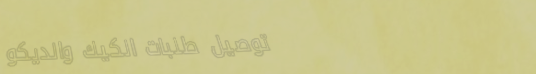
توصيل طلبات الكيك والديكو